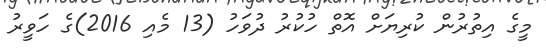
މީގެ އިތުރުން ކުރިޔަށް އޮތް ހުކުރު ދުވަހު (13 މެއި 2016)ގެ ހަވީރު